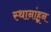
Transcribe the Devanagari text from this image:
स्थानांहून